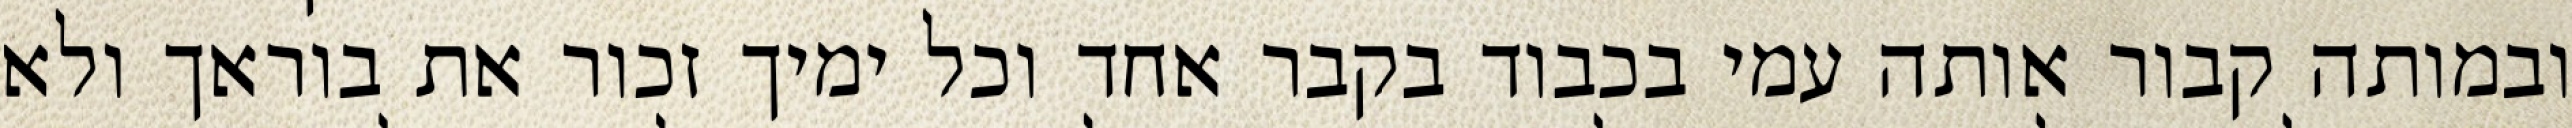
ובמותה קבור אותה עמי בכבוד בקבר אחד וכל ימיך זכור את בוראך ולא